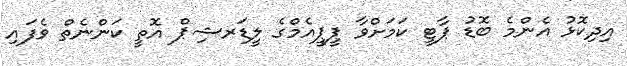
އިދިކޮޅު އެންމެ ބޮޑު ޕާޓީ ކަމަށްވާ ޕީޕީއެމްގެ ލީޑަރޝިޕް އޮތީ ކަންނެތް ވެފައި